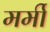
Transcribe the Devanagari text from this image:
मर्मी